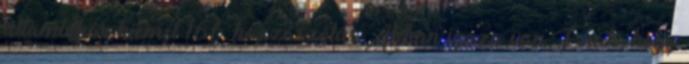
államtitkár kiemel 166 hozzászólás Abban igaza van F-nak, hogy